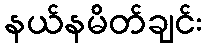
နယ်နမိတ်ချင်း